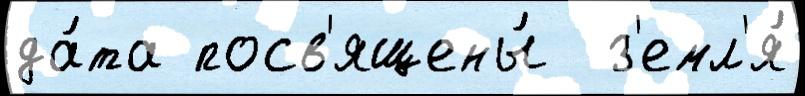
да́та посв'ящены́  з'емл'я́